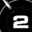
Digit: 2